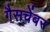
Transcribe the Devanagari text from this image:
गैसचेंबर